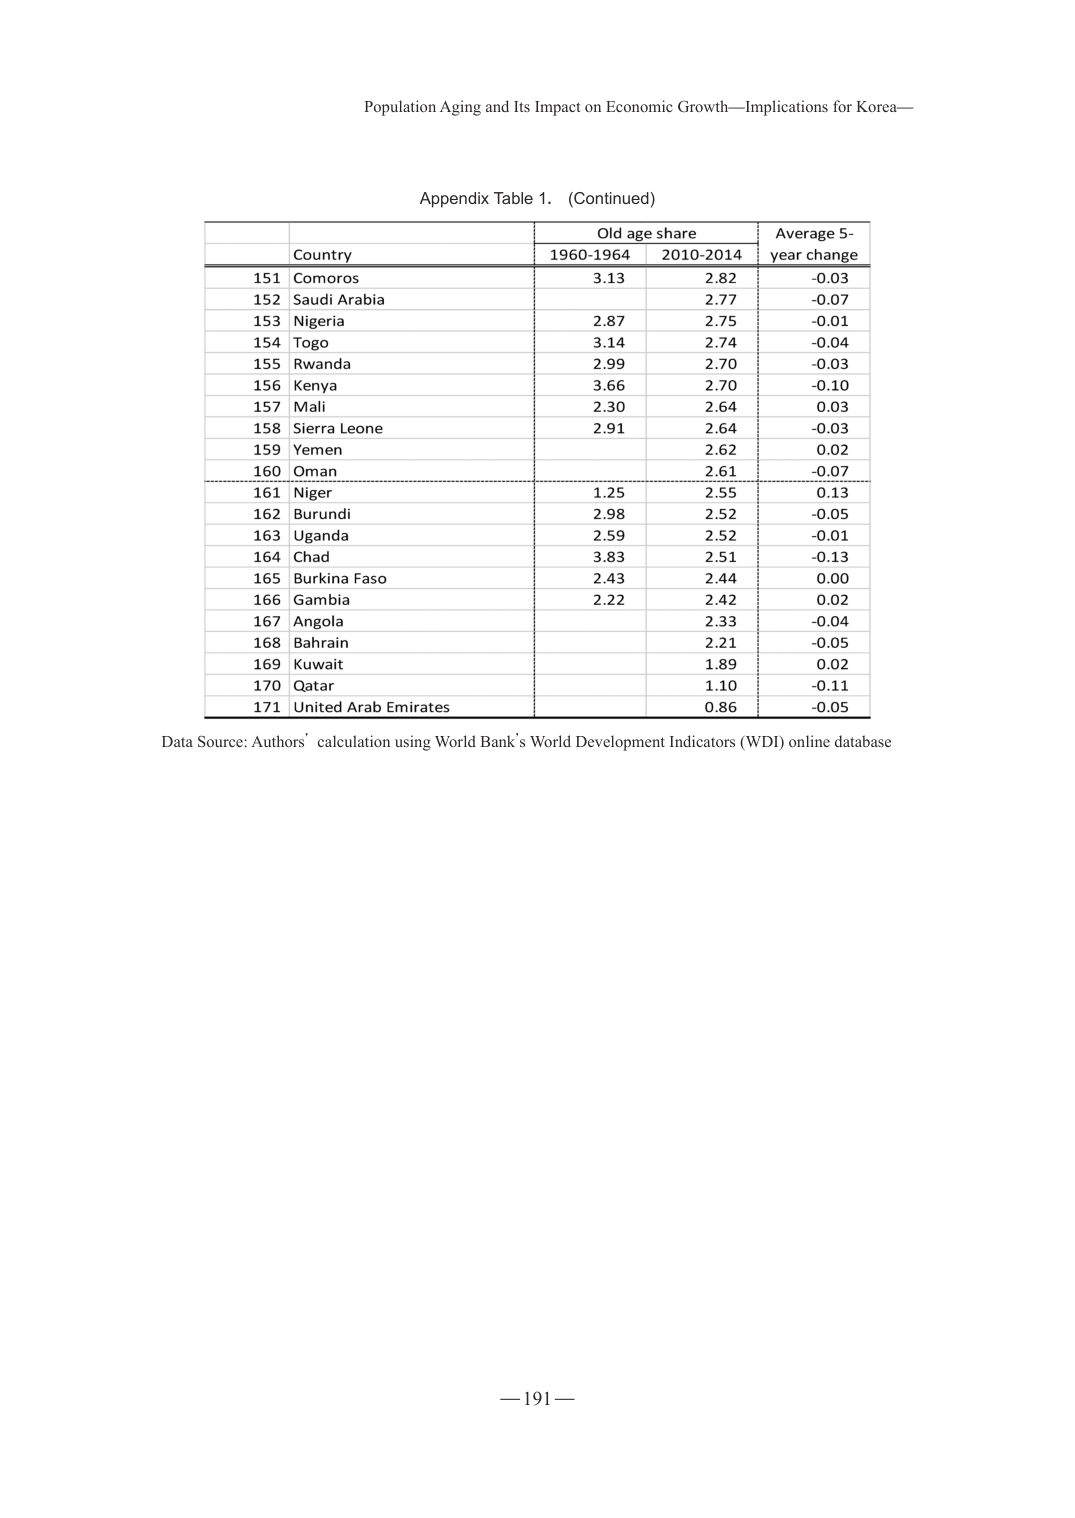
Population Aging and Its Impact on Economic Growth—Implications for Korea—

Appendix Table 1. (Continued)

Country	Old age share	Average 5-year change
	1960-1964	2010-2014

151	Comoros	3.13	2.82	-0.03
152	Saudi Arabia		2.77	-0.07
153	Nigeria	2.87	2.75	-0.01
154	Togo	3.14	2.74	-0.04
155	Rwanda	2.99	2.70	-0.03
156	Kenya	3.66	2.70	-0.10
157	Mali	2.30	2.64	0.03
158	Sierra Leone	2.91	2.64	-0.03
159	Yemen		2.62	0.02
160	Oman		2.61	-0.07
161	Niger	1.25	2.55	0.13
162	Burundi	2.98	2.52	-0.05
163	Uganda	2.59	2.52	-0.01
164	Chad	3.83	2.51	-0.13
165	Burkina Faso	2.43	2.44	0.00
166	Gambia	2.22	2.42	0.02
167	Angola		2.33	-0.04
168	Bahrain		2.21	-0.05
169	Kuwait		1.89	0.02
170	Qatar		1.10	-0.11
171	United Arab Emirates		0.86	-0.05

Data Source: Authors’ calculation using World Bank’s World Development Indicators (WDI) online database

— 191 —